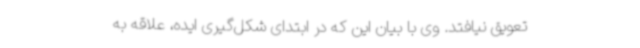
تعویق نیافتد. وی با بیان این که در ابتدای شکل‌گیری ایده، علاقه به